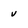
Character: v